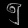
Digit: ၅